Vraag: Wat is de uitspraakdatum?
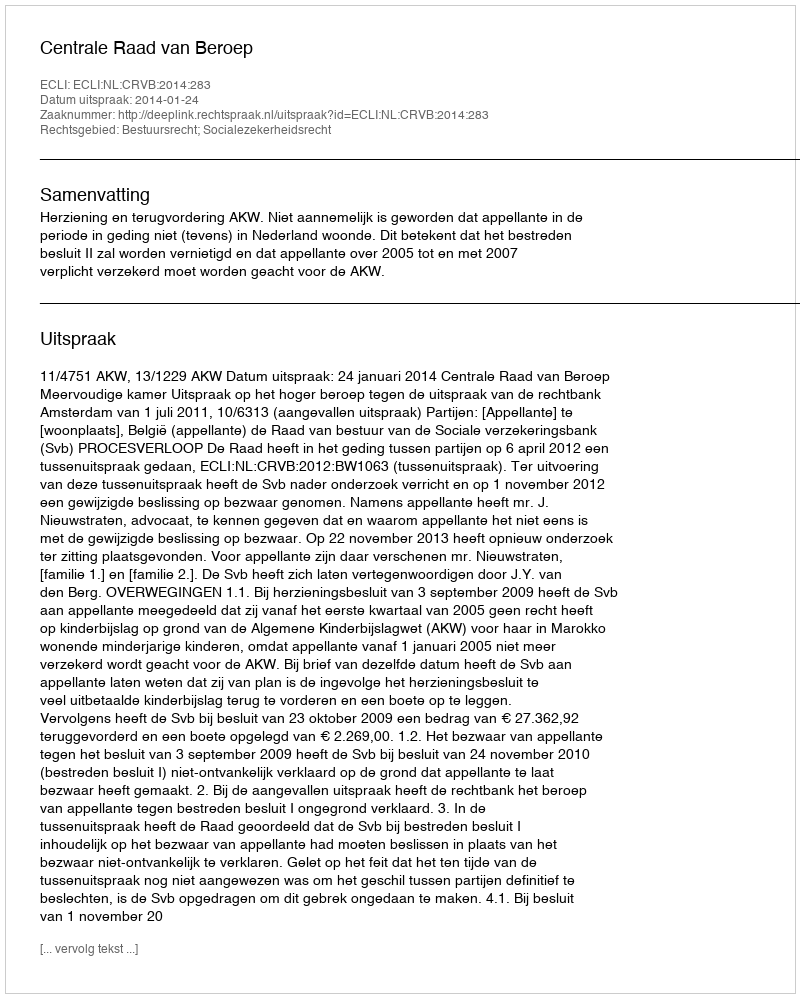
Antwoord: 2014-01-24